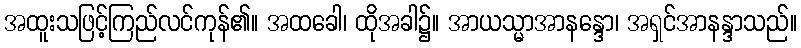
အထူးသဖြင့်ကြည်လင်ကုန်၏။ အထခေါ၊ ထိုအခါ၌။ အာယသ္မာအာနန္ဒော၊ အရှင်အာနန္ဒာသည်။